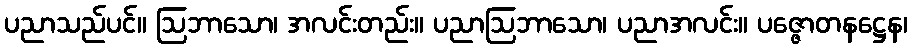
ပညာသည်ပင်။ ဩဘာသော၊ အလင်းတည်း။ ပညာဩဘာသော၊ ပညာအလင်း။ ပဇ္ဇောတနဋ္ဌေန၊